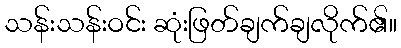
သန်းသန်းဝင်း ဆုံးဖြတ်ချက်ချလိုက်၏။